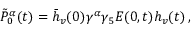
\tilde { P } _ { 0 } ^ { \alpha } ( t ) = \bar { h } _ { v } ( 0 ) \gamma ^ { \alpha } \gamma _ { 5 } E ( 0 , t ) h _ { v } ( t ) \, ,